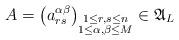
LaTeX: \begin{align*}A=\bigl(a_{rs}^{\alpha\beta}\bigr)_{\substack{1\leq r,s\leq n\\ 1\leq\alpha,\beta\leq M}}\in{\mathfrak{A}}_L\end{align*}